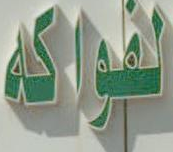
لفواكه